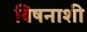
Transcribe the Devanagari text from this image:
विषनाशी